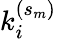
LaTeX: k_{i}^{(s_{m})}